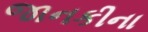
જાનકીના